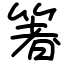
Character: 箸